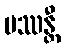
ပဿန္တီ